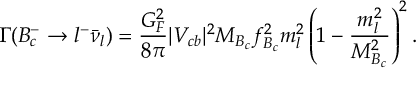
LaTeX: \Gamma ( B _ { c } ^ { - } \rightarrow l ^ { - } { \bar { \nu } _ { l } } ) = \frac { G _ { F } ^ { 2 } } { 8 \pi } | V _ { c b } | ^ { 2 } M _ { B _ { c } } f _ { B _ { c } } ^ { 2 } m _ { l } ^ { 2 } \left( 1 - \frac { m _ { l } ^ { 2 } } { M _ { B _ { c } } ^ { 2 } } \right) ^ { 2 } .